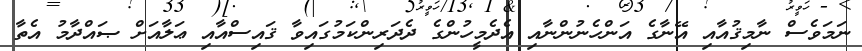
ނަމަވެސް ނާމިޤުއާއި އޭނާގެ އަންހެނުންނާއި އެދެމީހުންގެ ދެދަރިންކަމުގައިވާ ޤައިސްއާއި ޢަލާއަށް ޞައްދާމު އެތާ